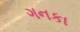
ગનકા